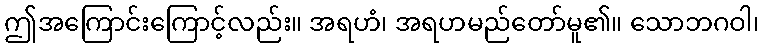
ဤအကြောင်းကြောင့်လည်း။ အရဟံ၊ အရဟမည်တော်မူ၏။ သောဘဂဝါ၊